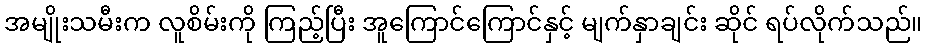
အမျိုးသမီးက လူစိမ်းကို ကြည့်ပြီး အူကြောင်ကြောင်နှင့် မျက်နှာချင်း ဆိုင် ရပ်လိုက်သည်။